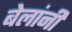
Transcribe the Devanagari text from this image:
बेलांनी